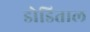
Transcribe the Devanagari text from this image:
डोडिताल